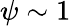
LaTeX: {\psi}\sim 1